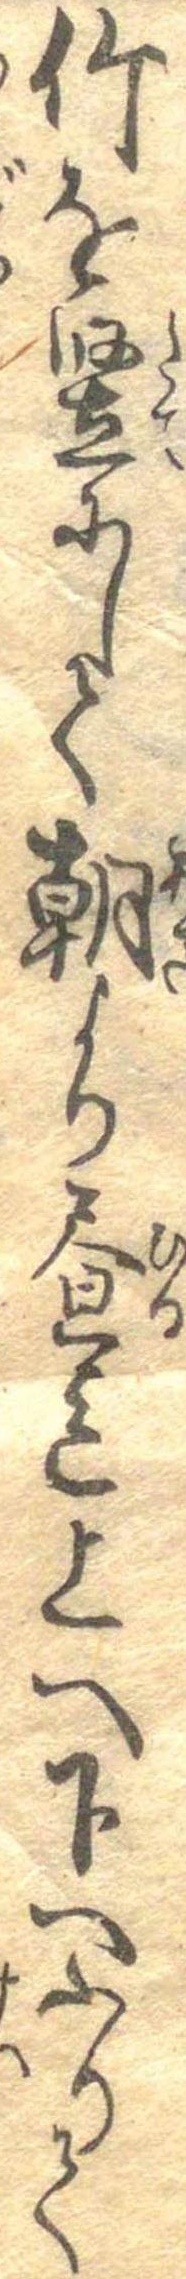
竹を竪にして朝より昼迄上へ下へふりて